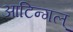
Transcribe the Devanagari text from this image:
आटिन्गल्